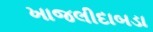
ખાજલીદાબડા